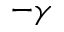
- \gamma